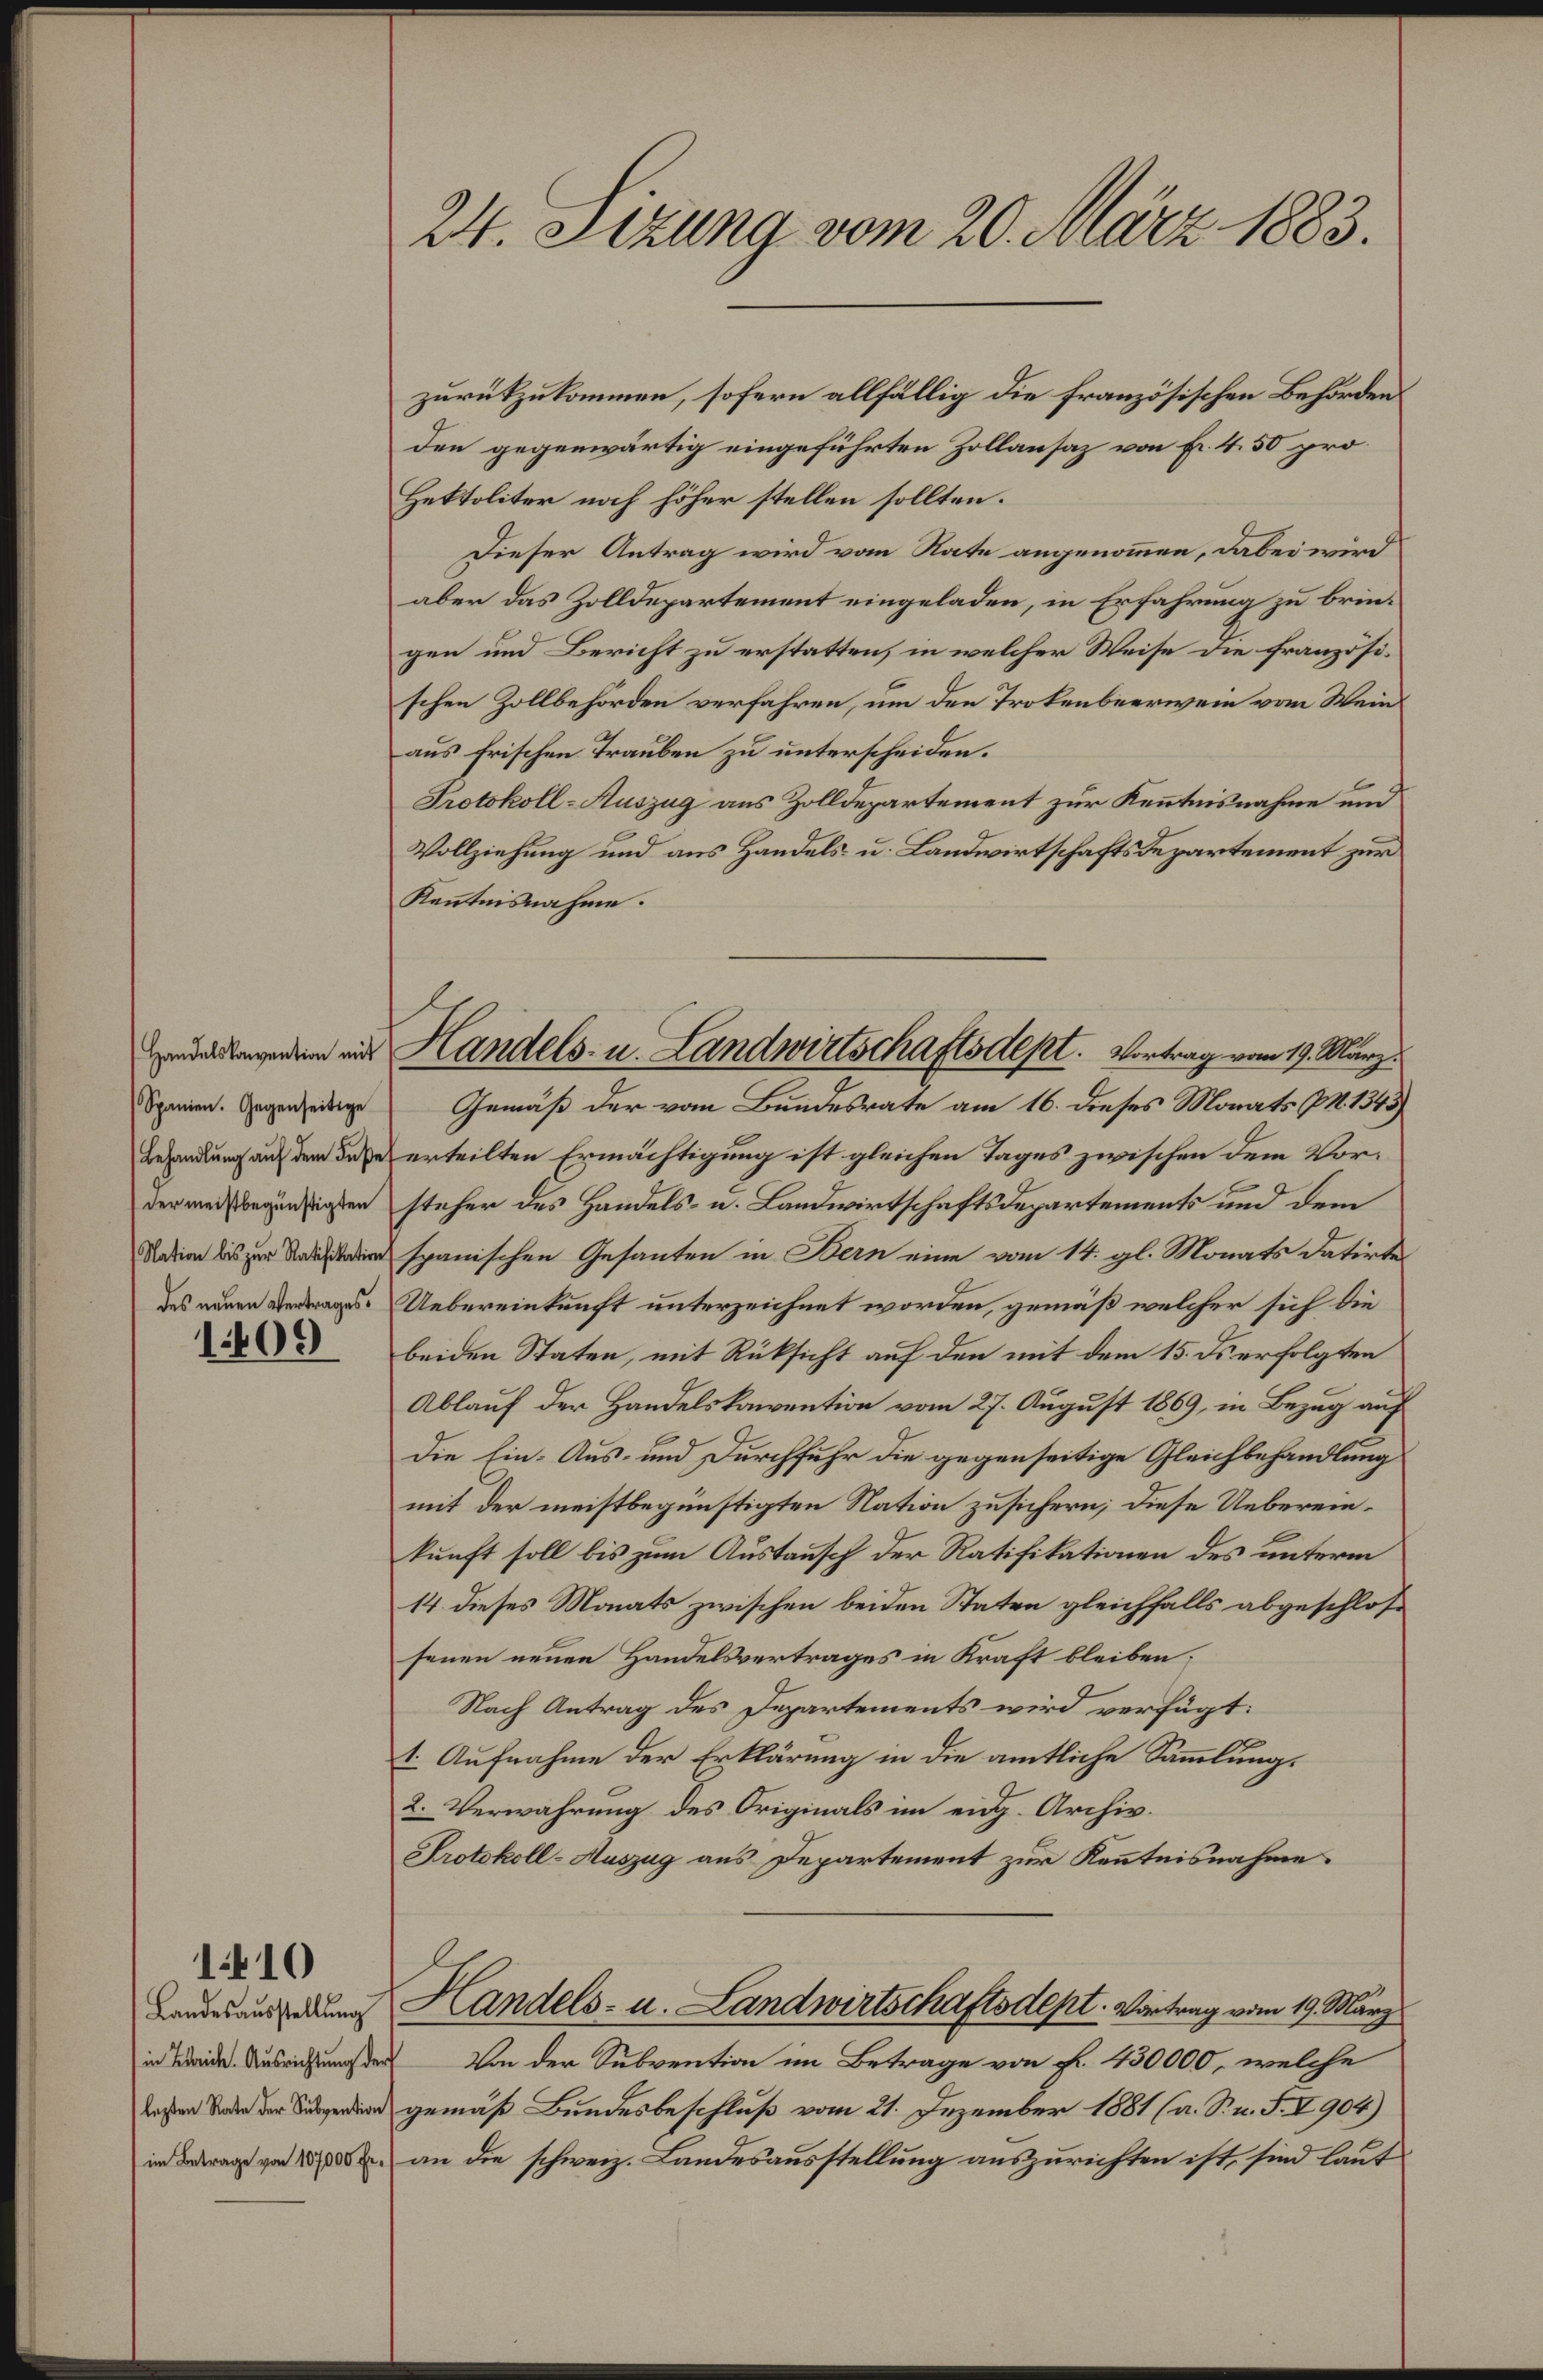
Handelskonvention mit
Spanien. Gegenseitige
der meistbegünstigten
des neuen Vertrages.

1409

1410

Landesausstellŭng

24. Sizung vom 20. März 1883.

den gegenwärtig eingeführten Zollansaz von Fr. 4. 50 pro¬
Hektoliter noch höher stellen sollten.
Dieser Antrag wird vom Rate angenommen, dabei wird
aber das Zolldepartement eingeladen, in Erfahrung zu bringen und Bericht zu erstatten, in welcher Weise die französischen Zollbehörden verfahren, um den Trokenbeerwein vom Wein
aus frischen Trauben zu unterscheiden.
Protokoll-Auszug aus Zolldepartement zur Kenntnisnahme und
Vollziehung und aus Handels u. Landwirtschaftsdepartement zur
Kenntnisnahme.
Gemäß der vom Bundesrate am 16. dieses Monats P. 1345)
Behandlung auf dem dazu erteilten Ermächtigung ist gleichen Tages zwischen dem Vorsteher des Handels- u. Landwirtschaftsdepartements und dem
spanischen Gesanten in Bern eine vom 14. gl. Monats datirt
Uebereinkunft unterzeichnet worden, gemäß welcher sich die
beiden Staten, mit Rüksicht auf den mit dem 15. ds erfolgten
Ablauf der Handelskonvention vom 27. August 1869, in Bezug auf
Die Ein- Aus- und Durchfuhr die gegenseitige Gleichbehandlung
mit der meistbegünstigten Nation zusichern; diese Uebereinkunft soll bis zum Austausch der Ratifikationen des unterm
14. dieses Monats zwischen beiden Staten gleichfalls abgeschlossenen neuen Handelsvertrages in Kraft bleiben.
Nach Antrag des Departements wird verfügt:
1. Aufnahme der Erklärung in die amtliche Sammlung.
2. Verwahrung des Originals im eidg. Archiv.
Protokoll-Auszug aus Departement zur Kenntnisnahme
Handels- u. Landwirtschaftsdept. Vortrag vom 19. März
in Beide Ausrichtunger Von der Subvention im Betrage von Fr. 430000, welche
 gemäß Bundesbeschluß vom 21. Dezember 1881 (a. S. n. F. I 904)
in Betrag von 1800 an die schweiz. Landesausstellung auszurichten ist, sind laut

zurückzukommen, sofern allfällig die französischen Behörden

Handels- u. Landwirtschaftsdept. Vortrag vom 19. März.